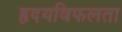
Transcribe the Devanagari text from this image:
हृदयविफलता